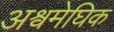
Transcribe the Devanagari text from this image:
अश्वमेघिक